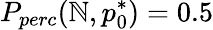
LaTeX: P_{perc}(\mathbb{N},p_{0}^{*})=0.5